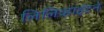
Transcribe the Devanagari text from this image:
लिलिव्हाईटने